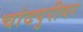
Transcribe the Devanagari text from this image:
चांदपुरीवर